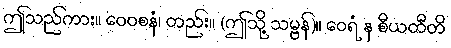
ဤသည်ကား။ ဝေဝစနံ၊ တည်း။ (ဤသို့ သမ္ဗန်)။ ဝေရံ န စီယတီတိ